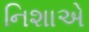
નિશાએ